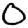
Digit: 0